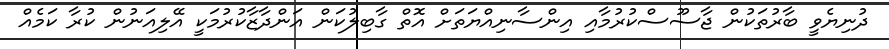
ދުނިޔެވީ ބާރުތަކުން ޖާސޫސްކުރުމާއި އިންސާނިއްޔަތަށް އޮތް ގާބިލުކަން އަންދާޒާކުރުމަކީ އޭލިއަނުން ކުރާ ކަމެއް